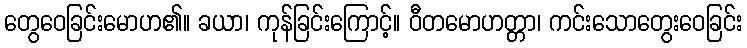
တွေဝေခြင်းမောဟ၏။ ခယာ၊ ကုန်ခြင်းကြောင့်။ ဝီတမောဟတ္တာ၊ ကင်းသောတွေးဝေခြင်း